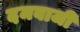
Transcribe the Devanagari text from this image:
दमबाजी